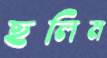
ছলিম